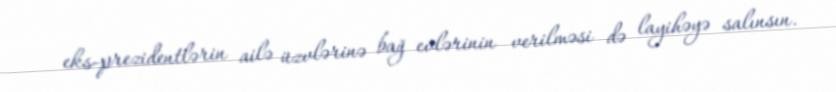
eks-prezidentlərin ailə üzvlərinə bağ evlərinin verilməsi də layihəyə salınsın.